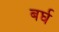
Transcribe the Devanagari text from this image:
बर्घ